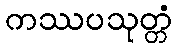
ကဿပသုတ္တံ